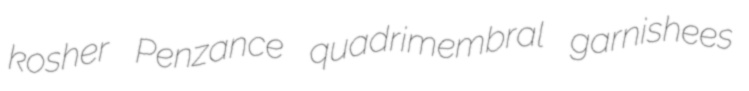
kosher Penzance quadrimembral garnishees